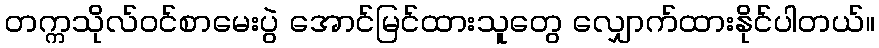
တက္ကသိုလ်ဝင်စာမေးပွဲ အောင်မြင်ထားသူတွေ လျှောက်ထားနိုင်ပါတယ်။